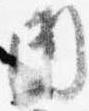
内